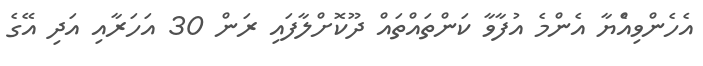
އެހެންވިއެްޔާ އެންމެ އުފާވާ ކަންތައްތައް ދޫކޮށްލާފައި ރަން 30 އަހަރާއި އަދި އޭގެ